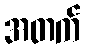
အတက်